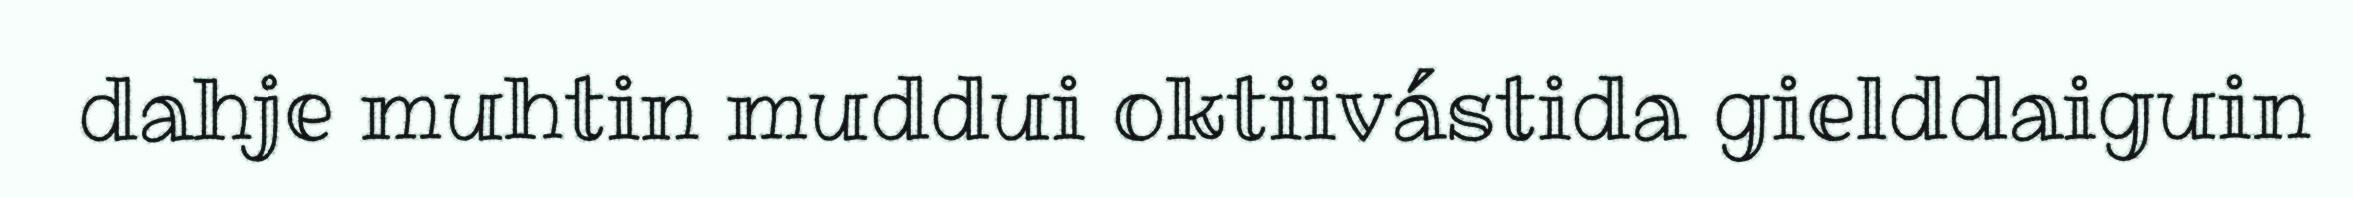
dahje muhtin muddui oktiivástida gielddaiguin